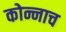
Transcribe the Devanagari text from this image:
कोन्नाच